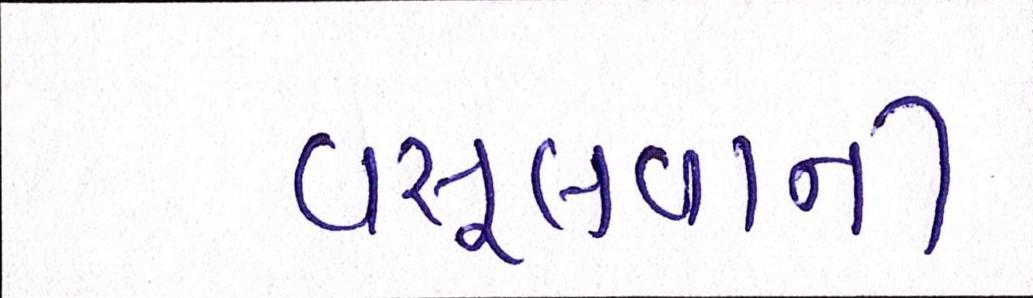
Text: વસૂલવાની